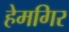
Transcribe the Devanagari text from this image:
हेमगिर